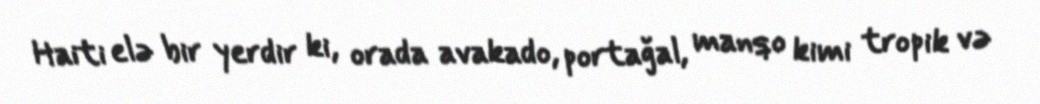
Haiti elə bir yerdir ki, orada avakado, portağal, manqo kimi tropik və